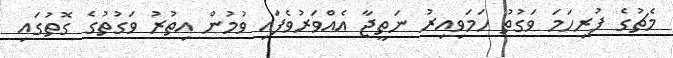
މެޗުގެ ފުރިހަމަ ވަގުތު ހަމަވިއިރު ނަތީޖާ އެއްވަރުވެފައި ވުމުން އިތުރު ވަގުތުގެ ގޮތުގައި